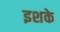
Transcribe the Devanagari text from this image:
इशके